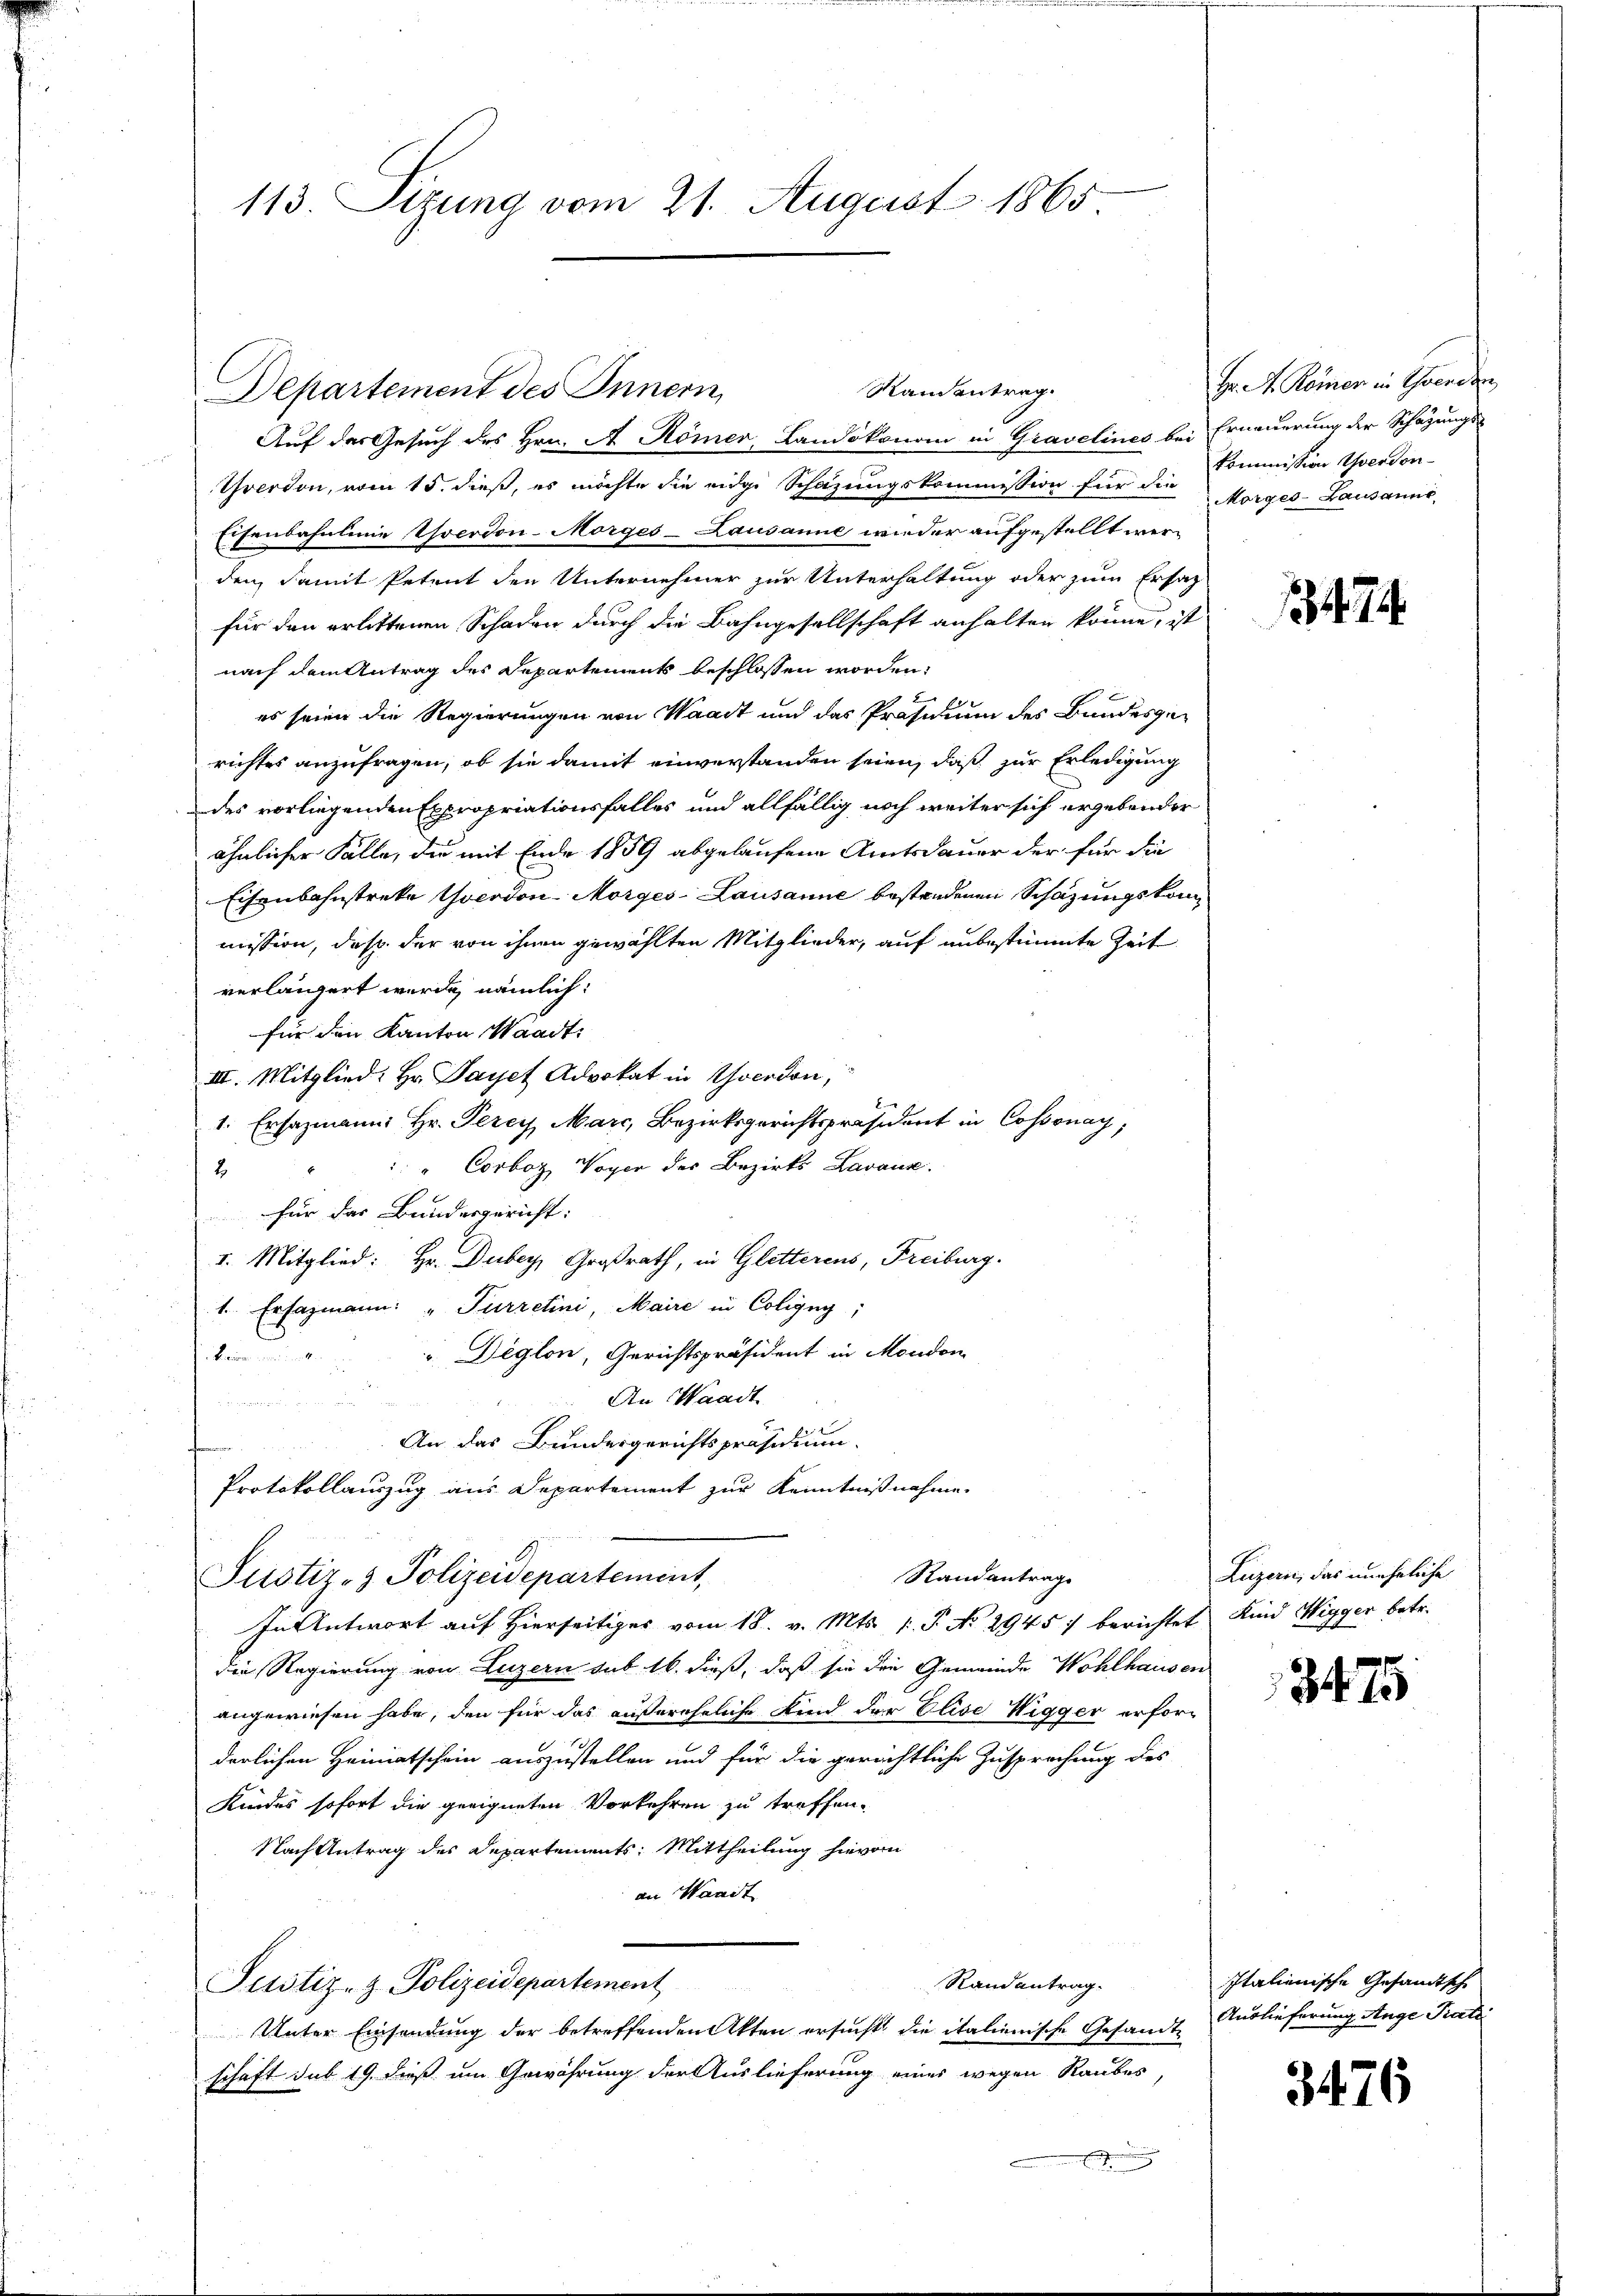
113. Sizung vom 21. August 1865

Auf das Gesuch des Hrn. A Römer, Landökonom in Gravelines bei Erneuerung der Schätzungs-
Thverson, vom 15. dieß, es möchte die eidge Schazungskommission für die Morges-Bausanne
Eisenbahnlinie Yverdon-Morges-Lausanne wieder aufgestellt werden, damit Petent den Unternehmer zur Unterhaltung oder zum Ersatz
für den erlittenen Schaden durch die Bahngesellschaft anhalten könne, ist
nach dem Antrag des Departements beschlossen worden:
es seien die Regierungen von Waadt und das Präsidium des Bundesgerichtes anzufragen, ob sie damit einverstanden seien, daß zur Erledigung
des vorliegenden Expropriationsfalles und allfällig noch weiter sich ergebender
ähnlicher Fälle, du mit Ende 1859 abgelaufene Amtsdauer der für die
Eisenbahnstreke verdon Morges - Lausanne bestandenen Schazungskommission, daß der von ihnen gewählten Mitglieder, auf unbestimmte Zeit
verlängert werde, nämlich:
für den Kanton Waadt,
III. Mitglied: Hr. Payet Advokat in Yverdon,
2
1. Ersazmann Hr. Perey Marc, Bezirksgerichtspräsident in Cossonay,
"Corboz, Voger des Bezirks Zavaux.
2
für das Bundesgericht:
I. Mitglied: Hr. Duber, Großrath, in Gletterens, Freiburg.
1. Ersazmann: " Furretini, Maire in Coligng;
Diglon, Gerichtspräsident in Mondon
1ten
An Waadt.

An das Bundergerichtspräsidium.
Protokollauszug aus Departement zur Kenntnißnahme.
Randantrag
Justiz- & Polizeidepartement,
In Antwort auf Hierseitiges vom 18. v. Mts. v. P. No 29457 berichtet Kind Wigger betr.
die Regierung von Luzern sub 16. dieß, daß sie die Gemeinde Wohlhausen
angewiesen habe, den für das außereheliche Kind der Elise Wigger erforderlichen Heimatschein auszustellen und für die gerichtliche Zusprechung des
Kindes sofort die geeigneten Vorkehren zu treffen.
Nach Antrag des Departements: Mittheilung hievon
an Wanit
Randantrag.
Justiz- & Polizeidepartement
Unter Einsendung der betreffenden Akten ersucht die italienische Gesandt Auslieferung Ange Pratti
schaft sub 19. dieß um Gewährung der Auslieferung eines wegen Raubes
E

Departement des Innern

Randantrag.

Hr. R. Römer in Schwerden
kommission verdon-

474.

Luzern, das uneheliche

3475

Italienische Gesandtsche

3476